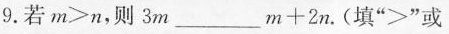
9.若$$m > n$$，则$$3 m___ m + 2 n$$.(填”>”或